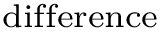
\scriptstyle { \mathrm { d i f f e r e n c e } }